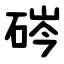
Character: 硶